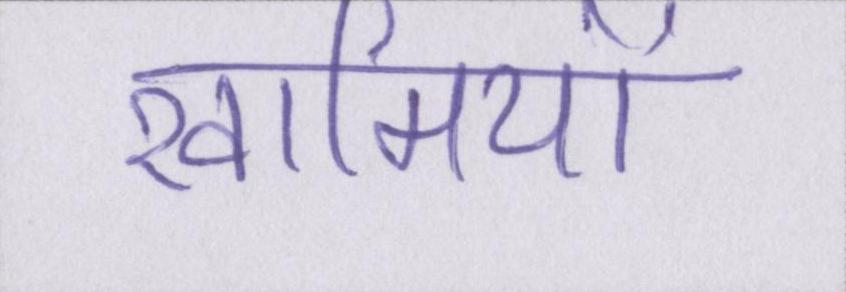
खामियों